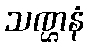
သဏ္ဌနံ